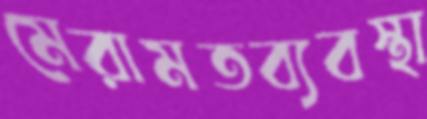
মেরামতব্যবস্থা